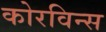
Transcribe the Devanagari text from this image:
कोरविन्स